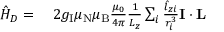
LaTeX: \begin{array} { r l } { { \hat { H } } _ { D } = { } } & { { } 2 g _ { \mathrm { I } } \mu _ { \mathrm { N } } \mu _ { \mathrm { B } } { \frac { \mu _ { 0 } } { 4 \pi } } { \frac { 1 } { L _ { z } } } \sum _ { i } { \frac { { \hat { l } } _ { z i } } { r _ { i } ^ { 3 } } } \mathbf { I } \cdot \mathbf { L } } \end{array}